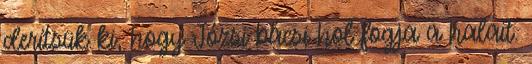
derítsük ki, hogy Józsi bácsi hol fogja a halait.